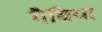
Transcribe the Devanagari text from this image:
गैबिया